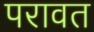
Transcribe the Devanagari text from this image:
परावत